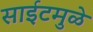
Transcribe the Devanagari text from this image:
साईटमुळे